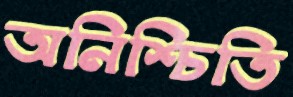
অনিশ্চিতি